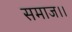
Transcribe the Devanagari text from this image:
समाज।।